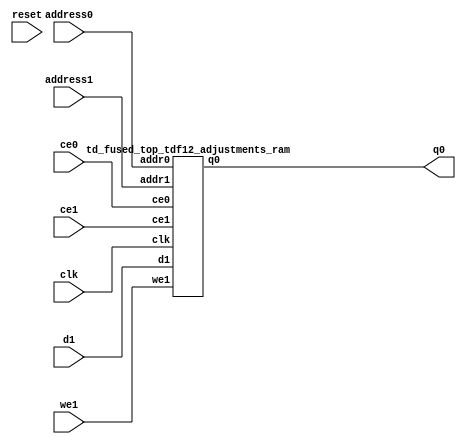
`define EXPONENT 5
`define MANTISSA 10
`define ACTUAL_MANTISSA 11
`define EXPONENT_LSB 10
`define EXPONENT_MSB 14
`define MANTISSA_LSB 0
`define MANTISSA_MSB 9
`define MANTISSA_MUL_SPLIT_LSB 3
`define MANTISSA_MUL_SPLIT_MSB 9
`define SIGN 1
`define SIGN_LOC 15
`define DWIDTH (`SIGN+`EXPONENT+`MANTISSA)
`define IEEE_COMPLIANCE 1

module td_fused_top_tdf12_adjustments(
    reset,
    clk,
    address0,
    ce0,
    q0,
    address1,
    ce1,
    we1,
    d1);

parameter DataWidth = 32'd48;
parameter AddressRange = 32'd1000;
parameter AddressWidth = 32'd10;
input reset;
input clk;
input[AddressWidth - 1:0] address0;
input ce0;
output[DataWidth - 1:0] q0;
input[AddressWidth - 1:0] address1;
input ce1;
input we1;
input[DataWidth - 1:0] d1;



td_fused_top_tdf12_adjustments_ram td_fused_top_tdf12_adjustments_ram_U(
    .clk( clk ),
    .addr0( address0 ),
    .ce0( ce0 ),
    .q0( q0 ),
    .addr1( address1 ),
    .ce1( ce1 ),
    .we1( we1 ),
    .d1( d1 )
);

endmodule
module td_fused_top_tdf12_adjustments_ram (addr0, ce0, q0, addr1, ce1, d1, we1,  clk);

parameter DWIDTH = 48;
parameter AWIDTH = 10;
parameter MEM_SIZE = 1000;

input[AWIDTH-1:0] addr0;
input ce0;
output reg[DWIDTH-1:0] q0;
input[AWIDTH-1:0] addr1;
input ce1;
input[DWIDTH-1:0] d1;
input we1;
input clk;

 reg [DWIDTH-1:0] ram[MEM_SIZE-1:0];




always @(posedge clk)  
begin 
    if (ce0) begin
        q0 <= ram[addr0];
    end
end


always @(posedge clk)  
begin 
    if (ce1) begin
        if (we1) 
            ram[addr1] <= d1; 
    end
end


endmodule